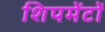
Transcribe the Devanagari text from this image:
शिपमेंटों